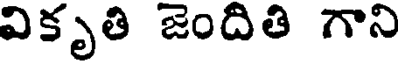
వికృతి జెందితి గాని